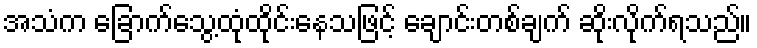
အသံက ခြောက်သွေ့ထုံထိုင်းနေသဖြင့် ချောင်းတစ်ချက် ဆိုးလိုက်ရသည်။